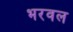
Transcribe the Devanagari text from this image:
भरवल